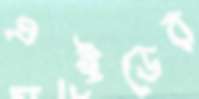
এইডের